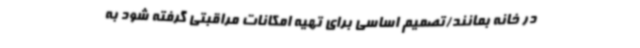
در خانه بمانند/تصمیم اساسی برای تهیه امکانات مراقبتی گرفته شود به